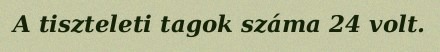
A tiszteleti tagok száma 24 volt.